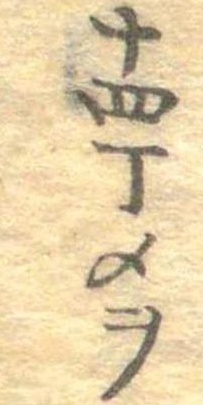
十四丁メヲ